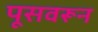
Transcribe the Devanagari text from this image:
पूसवरून